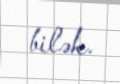
bilək.